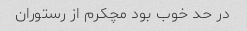
در حد خوب بود مچکرم از رستوران